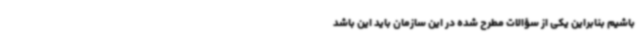
باشیم بنابراین یکی از سؤالات مطرح‌ شده در این سازمان باید این باشد